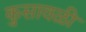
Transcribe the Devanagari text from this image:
कुसावळी